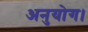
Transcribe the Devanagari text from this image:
अनुयोग।